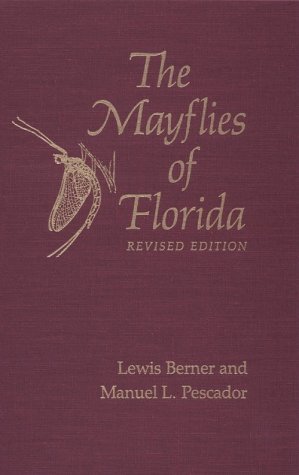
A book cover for The Mayflies of Florida; Lewis Berner; Sports & Outdoors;